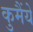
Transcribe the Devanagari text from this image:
कुमैंये